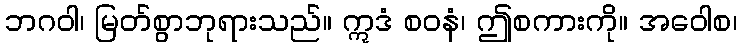
ဘဂဝါ၊ မြတ်စွာဘုရားသည်။ ဣဒံ စဝနံ၊ ဤစကားကို။ အဝေါစ၊